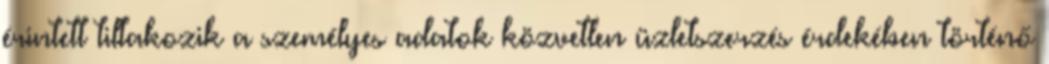
érintett tiltakozik a személyes adatok közvetlen üzletszerzés érdekében történő